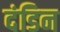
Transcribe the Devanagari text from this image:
दंडिन